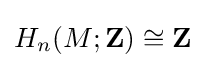
H_{n}(M;\mathbf {Z} )\cong \mathbf {Z}